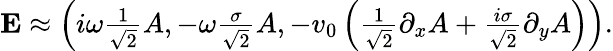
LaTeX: \begin{array}{r}{{\mathbf E}\approx\left(i\omega\frac{1}{\sqrt{2}}A,-\omega\frac{\sigma}{\sqrt{2}}A,-v_{0}\left(\frac{1}{\sqrt{2}}\partial_{x}A+\frac{i\sigma}{\sqrt{2}}\partial_{y}A\right)\right).}\end{array}